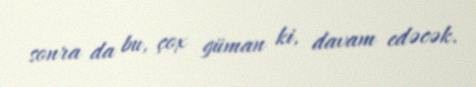
sonra da bu, çox güman ki, davam edəcək.